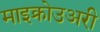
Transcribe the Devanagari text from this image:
माइक्रोउअरी